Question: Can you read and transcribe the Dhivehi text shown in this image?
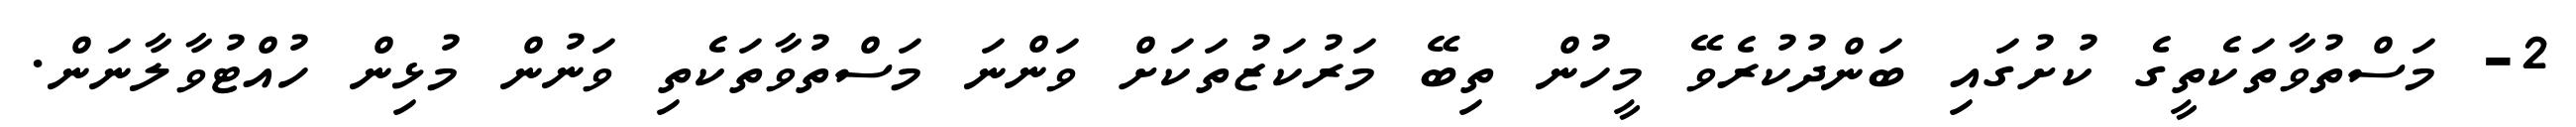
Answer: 2- މަސްތުވާތަކެތީގެ ކުށުގައި ބަންދުކުރެވޭ މީހުން ތިބޭ މަރުކަޒުތަކަށް ވަންނަ މަސްތުވާތަކެތި ވަނުން މުޅިން ހުއްޓުވާލާނަން.